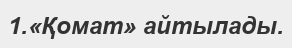
1.«Қомат» айтылады.